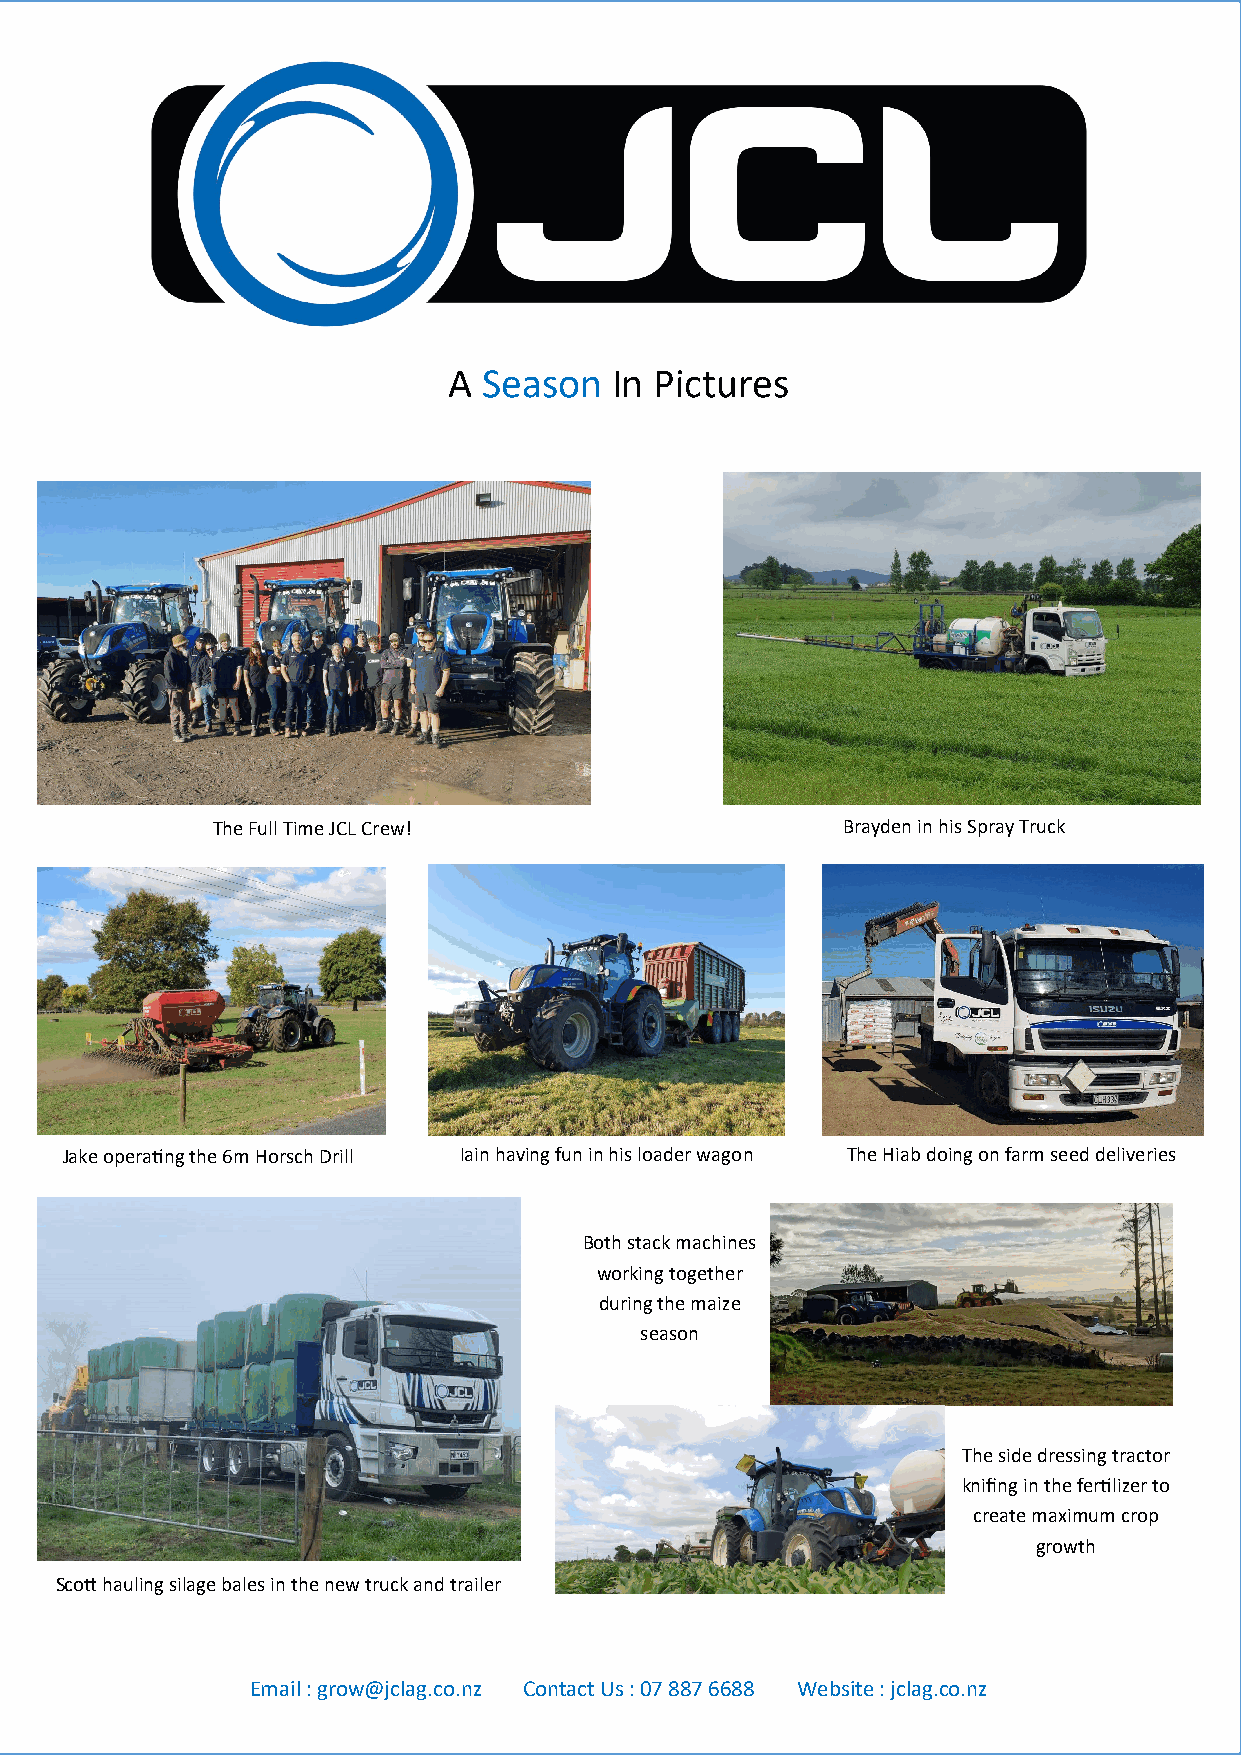
A Season  In Pictures
 The Full Time JCL Crew!                   Brayden in his Spray Truck
 Jake operating the 6m Horsch Drill Iain having fun in his loader wagon The Hiab doing on farm seed deliveries
 Both stack machines
 working together
 during the maize
 season
 The side dressing tractor
 knifing in the fertilizer to
 create maximum crop
 growth
 Scott hauling silage bales in the new truck and trailer
 Email : grow@jclag.co.nz Contact Us : 07 887 6688 Website : jclag.co.nz